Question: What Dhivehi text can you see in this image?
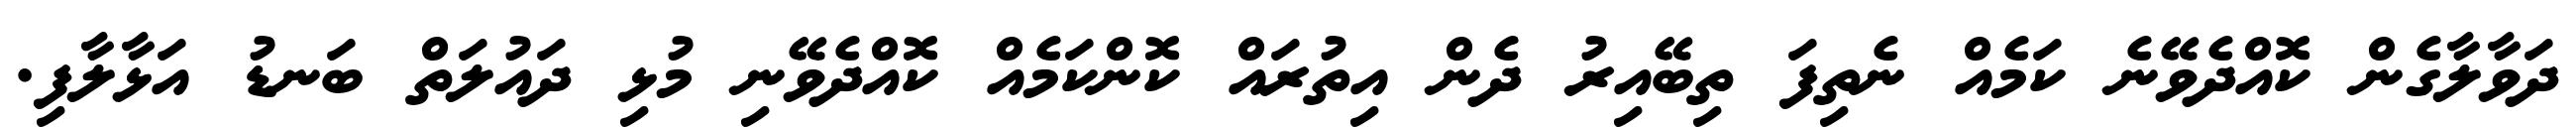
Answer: ދަވާލާގެން ކޮއްދެވޭނެ ކަމެއް ނެތިފަ ތިބޭއިރު ދެން އިތުރައް ކޮންކަމެއް ކޮއްދެވޭނި މުޅި ދައުލަތް ބަނޑު އަޅާލާފި.